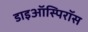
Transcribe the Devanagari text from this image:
डाइऑस्पिरॉस